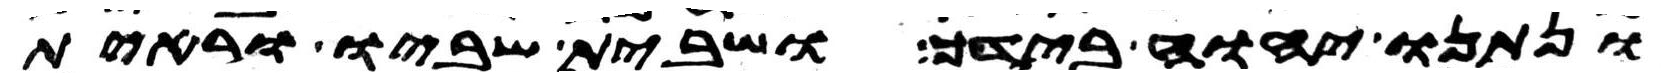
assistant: ונתנו יהוה אלהיך בידך ושבית שביו וראית